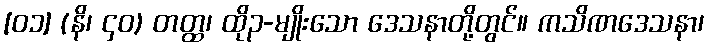
[၀၁] (နိ၊ ၄၀) တတ္ထ၊ ထို၃-မျိုးသော ဒေသနာတို့တွင်။ ကသိဏဒေသနာ၊